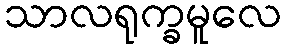
သာလရုက္ခမူလေ